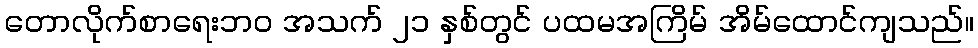
တောလိုက်စာရေးဘဝ အသက် ၂၁ နှစ်တွင် ပထမအကြိမ် အိမ်ထောင်ကျသည်။